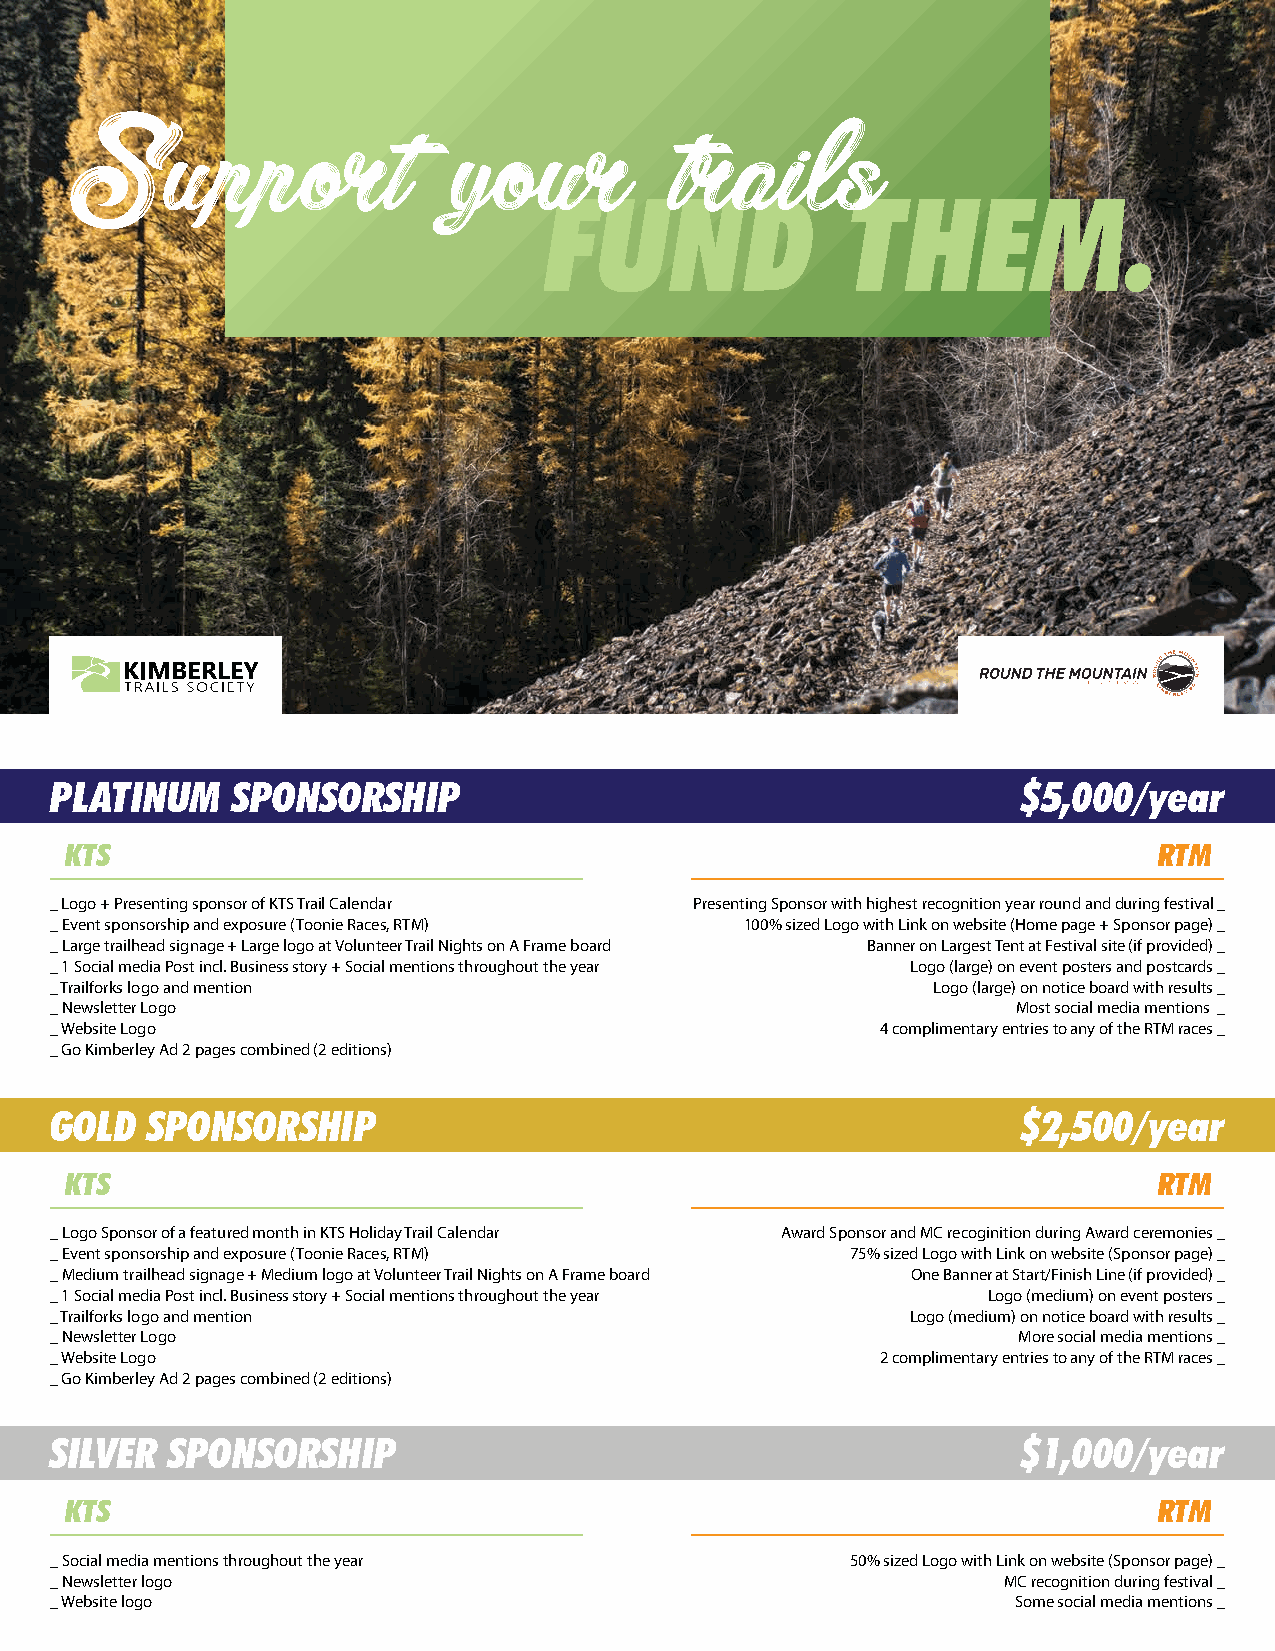
Support                  your           trails
 FUND                THEM.
 PLATINUM    SPONSORSHIP                                          $5,000/year
 KTS                                                                      RTM
 _ Logo + Presenting sponsor of KTS Trail Calendar Presenting Sponsor with highest recognition year round and during festival _
 _ Event sponsorship and exposure (Toonie Races, RTM) 100% sized Logo with Link on website (Home page + Sponsor page) _
 _ Large trailhead signage + Large logo at Volunteer Trail Nights on A Frame board Banner on Largest Tent at Festival site (if provided) _
 _ 1 Social media Post incl. Business story + Social mentions throughout the year Logo (large) on event posters and postcards _
 _ Trailforks logo and mention                              Logo (large) on notice board with results _
 _ Newsletter Logo                                               Most social media mentions _
 _ Website Logo                                         4 complimentary entries to any of the RTM races _
 _ Go Kimberley Ad 2 pages combined (2 editions)
 GOLD   SPONSORSHIP                                               $2,500/year
 KTS                                                                      RTM
 _ Logo Sponsor of a featured month in KTS Holiday Trail Calendar Award Sponsor and MC recoginition during Award ceremonies _
 _ Event sponsorship and exposure (Toonie Races, RTM) 75% sized Logo with Link on website (Sponsor page) _
 _ Medium trailhead signage + Medium logo at Volunteer Trail Nights on A Frame board One Banner at Start/Finish Line (if provided) _
 _ 1 Social media Post incl. Business story + Social mentions throughout the year Logo (medium) on event posters _
 _ Trailforks logo and mention                            Logo (medium) on notice board with results _
 _ Newsletter Logo                                               More social media mentions _
 _ Website Logo                                         2 complimentary entries to any of the RTM races _
 _ Go Kimberley Ad 2 pages combined (2 editions)
 SILVER  SPONSORSHIP                                              $1,000/year
 KTS                                                                      RTM
 _ Social media mentions throughout the year          50% sized Logo with Link on website (Sponsor page) _
 _ Newsletter logo                                              MC recognition during festival _
 _ Website logo                                                  Some social media mentions _